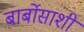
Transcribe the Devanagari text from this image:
बार्बोसाशी